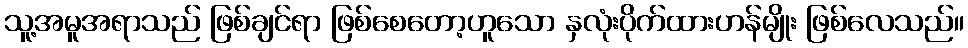
သူ့အမူအရာသည် ဖြစ်ချင်ရာ ဖြစ်စေတော့ဟူသော နှလုံးပိုက်ထားဟန်မျိုး ဖြစ်လေသည်။